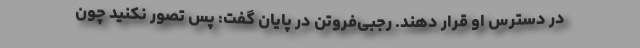
در دسترس او قرار دهند. رجبی‌فروتن در پایان گفت: پس تصور نکنید چون